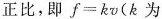
正比，即$$f=kv$$(k为